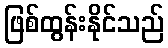
ဖြစ်ထွန်းနိုင်သည်